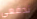
تدفعي